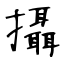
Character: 攝